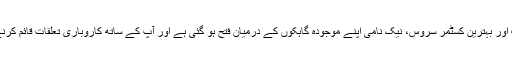
سخت کوالٹی کنٹرول کرنے کے لئے وقف اور بہترین کسٹمر سروس، نیک نامی اپنے موجودہ گاہکوں کے درمیان فتح ہو گئی ہے اور آپ کے ساتھ کاروباری تعلقات قائم کرنے کے لئے ہر موقع کی پذیرائی کرے گا ۔